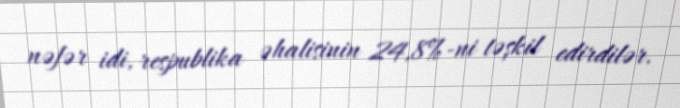
nəfər idi, respublika əhalisinin 24,8%-ni təşkil edirdilər.